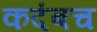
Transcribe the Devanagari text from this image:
कदंबच